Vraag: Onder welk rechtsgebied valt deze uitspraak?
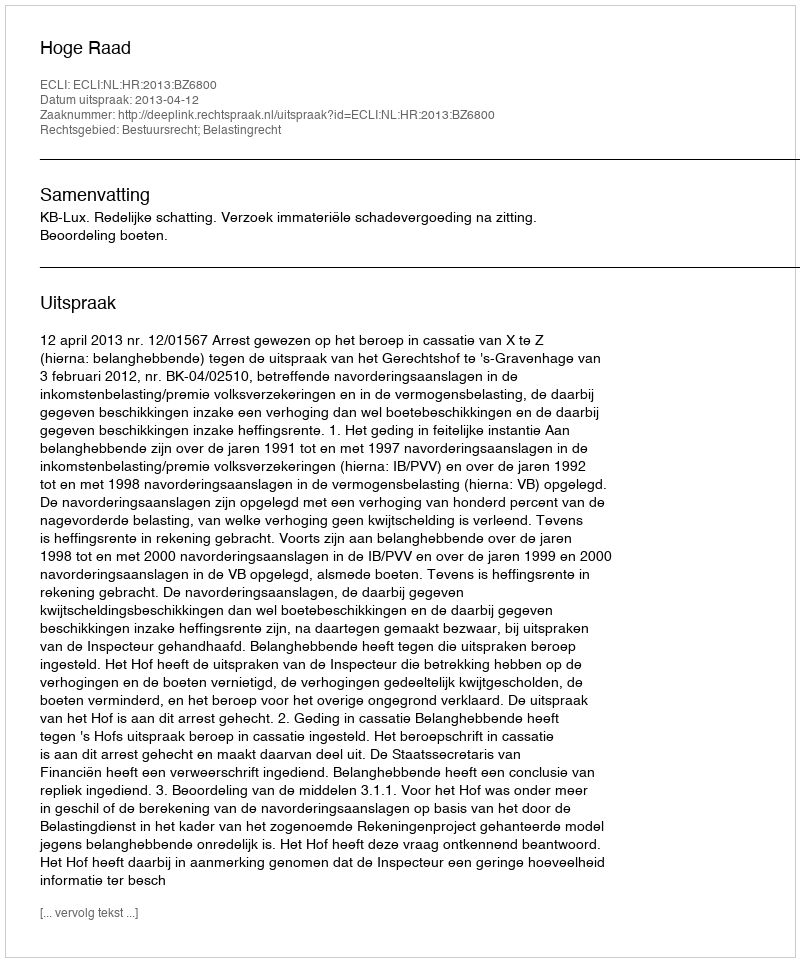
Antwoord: Bestuursrecht; Belastingrecht